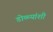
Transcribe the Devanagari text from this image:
डोळ्यांशी